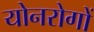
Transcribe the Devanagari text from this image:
योनरोगों